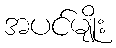
အပင်မျိုး